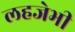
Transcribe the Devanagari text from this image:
लहजेभी